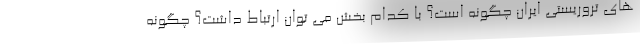
های تروریستی ایران چگونه است؟ با کدام بخش می توان ارتباط داشت؟ چگونه